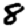
Digit: 8